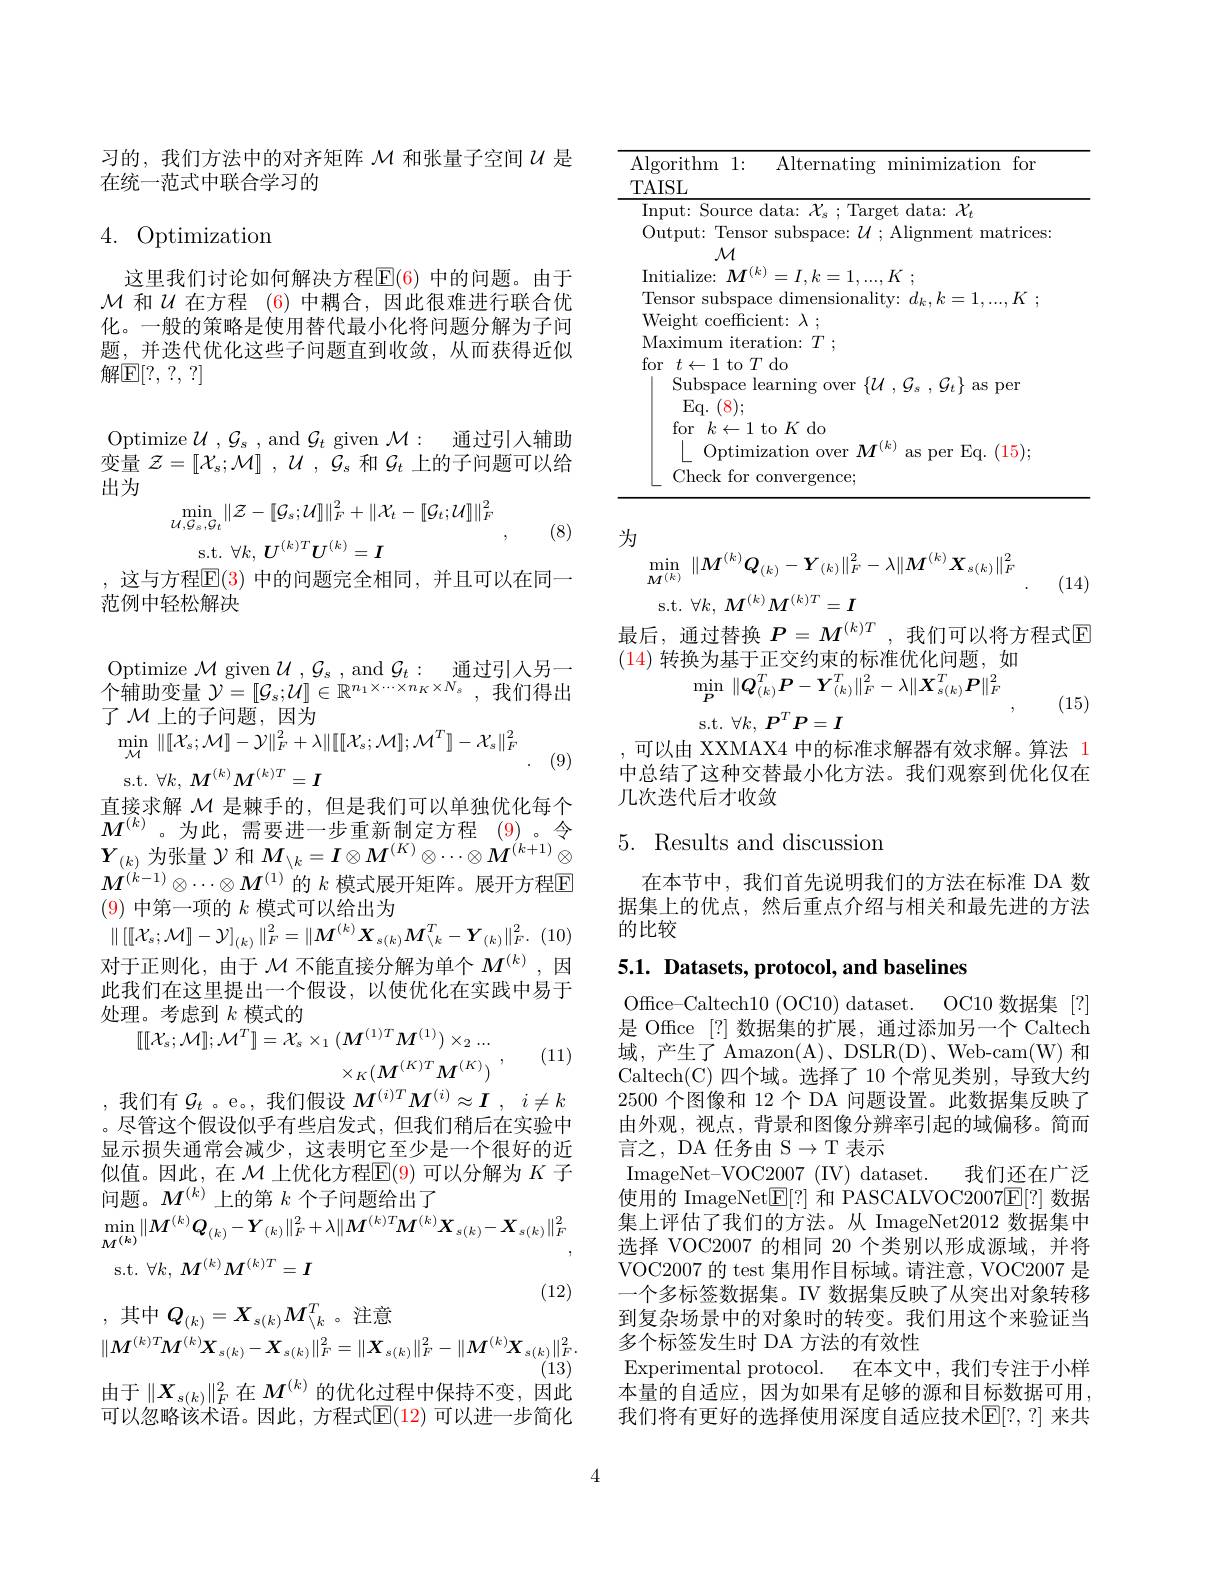
习的，我们方法中的对齐矩阵$\mathcal{M}$和张量子空间$\mathcal{U}$是
在统一范式中联合学习的

## 4. Optimization

这里我们讨论如何解决方程$\mathbb{E}(6)$ 中的问题。由于$\mathcal{M}$ 和$U$ 在方程 (6)中耦合，因此很难进行联合优化。一般的策略是使用替代最小化将问题分解为子间题，并迭代优化这些子问题直到收敛，从而获得近似解$\mathbb{E} [ ? $, ?, ?]

Optimize $\mathcal{U},\mathcal{G}_{s}$ , and $\mathcal{G}_{t}$ given $\mathcal{M} :$ 通过引人辅助变量$\mathcal{Z} = [ \mathcal{X} _s; \mathcal{M} ]$ $, \mathcal{U}$ $, \mathcal{G} _s$和$\mathcal{G}_t$上的子问题可以给出为
$$\begin{array}{c}\min_{\mathcal{U},\mathcal{G}_{s},\mathcal{G}_{t}}\|\mathcal{Z}-\left[\mathcal{G}_{s};\mathcal{U}\right]\|_{F}^{2}+\left\|\mathcal{X}_{t}-\left[\mathcal{G}_{t};\mathcal{U}\right]\right\|_{F}^{2}\\\mathrm{s.t.}\:\forall k,\:\boldsymbol{U}^{(k)T}\boldsymbol{U}^{(k)}=\boldsymbol{I}\end{array},$$
(8)

,这与方程$\overline{\mathrm{E}}(3)$ 中的问题完全相同，并且可以在同一
范例中轻松解决

Optimize $\mathcal{M}$ given $\mathcal{U},\mathcal{G}_s$, and $\mathcal{G} _t:$ 通过引入另一个辅助变量$\mathcal{Y} = [ \mathcal{G} _s; \mathcal{U} ] \in \mathbb{R} ^{n_1\times \cdots \times n_K\times N_s}$ ,我们得出了$\mathcal{M}$上的子问题，因为
$$\|[\mathcal{X}_{s};\mathcal{M}]-\mathcal{Y}\|_{F}^{2}+\lambda\|[[\mathcal{X}_{s};\mathcal{M}];\mathcal{M}^{T}]-\mathcal{X}_{s}\|_{F}^{2}\\\|[\mathcal{X}_{s};\mathcal{M}]-\mathcal{Y}\|_{F}^{2}+\lambda\|[[\mathcal{X}_{s};\mathcal{M}]];\mathcal{M}^{T}]-\mathcal{X}_{s}\|_{F}^{2}$$
. (9)

s.t. $\forall k$, $M^{( k) }M^{( k) T}= I$
直接求解$\mathcal{M}$是棘手的，但是我们可以单独优化每个$M^{(k)}$。为此，需要进一步重新制定方程(9)。令$Y_{(k)}$为张量$\mathcal{Y}$和$M_\backslash k=I\otimes M^{(K)}\otimes\cdots\otimes M^{(k+1)}\otimes$ $M^{(\acute{k}-1)}\otimes\cdots\otimes M^{(1)}$的 $k$ 模式展开矩阵。展开方程$\mathbb{E}$ (9)中第一项的$k$模式可以给出为
$\| \left [ [ \mathcal{X} _s; \mathcal{M} ] - \mathcal{Y} \right ] _{( k) }\| _F^2= \| \boldsymbol{M}^{( k) }\boldsymbol{X}_{s( k) }\boldsymbol{M}_{\setminus k}^T- \boldsymbol{Y}_{( k) }\| _F^2.$ (10) 对于正则化，由于$\mathcal{M}$不能直接分解为单个$M^{(k)}$ ,因

此我们在这里提出一个假设，以使优化在实践中易于

处理。考虑到$k$模式的
$$\begin{array}{c}{{[[[X_{s};\mathcal{M}]];\mathcal{M}^{T}]=\mathcal{X}_{s}\times_{1}(\boldsymbol{M}^{(1)T}\boldsymbol{M}^{(1)})\times_{2}\ldots}}\\{{\times_{K}(\boldsymbol{M}^{(K)T}\boldsymbol{M}^{(K)})}}\\{{\times_{K}(\boldsymbol{M}^{(K)T}\boldsymbol{M}^{(K)})}}\\\end{array},$$
(11)

。尽管这个假设似乎有些启发式，但我们稍后在实验中显示损失通常会减少，这表明它至少是一个很好的近似值。因此，在$\mathcal{M}$上优化方程$\mathsf{E}(9)$可以分解为$K$子问题。$M^{(k)}$上的第$k$个子问题给出了
$$\begin{aligned}&\min_{\boldsymbol{M}^{(k)}}\|\boldsymbol{M}^{(k)}\boldsymbol{Q}_{(k)}-\boldsymbol{Y}_{(k)}\|_{F}^{2}+\lambda\|\boldsymbol{M}^{(k)T}\boldsymbol{M}^{(k)}\boldsymbol{X}_{s(k)}-\boldsymbol{X}_{s(k)}\|_{F}^{2}\\&\mathrm{s.t.}\:\forall k,\:\boldsymbol{M}^{(k)}\boldsymbol{M}^{(k)T}=\boldsymbol{I}\\&&(12)\\&\min_{\boldsymbol{M}^{(k)}}\|\boldsymbol{M}^{(k)}\boldsymbol{Q}_{(k)}-\boldsymbol{Y}_{(k)}\|_{F}^{2}+\lambda\|\boldsymbol{\text{注意}}\\&\|\boldsymbol{M}^{(k)T}\boldsymbol{M}^{(k)}\boldsymbol{X}_{s(k)}-\boldsymbol{X}_{s(k)}\|_{F}^{2}=\|\boldsymbol{X}_{s(k)}\|_{F}^{2}-\|\boldsymbol{M}^{(k)}\boldsymbol{X}_{s(k)}\|_{F}^{2}.\\&&(13)\end{aligned}$$
<table>
	<tbody>
		<tr>
			<th>$\operatorname{Algorithm}$ 1: TAISL</th>
			<th>$Al;$ TA</th>
			<th>Alternating minimization for</th>
		</tr>
		<tr>
			<td>for $t\leftarrow1$ to $\operatorname{Subspace}$ Eq. $\langle8\rangle;$ for $k\leftarrow1$ Optim Check for</td>
			<td>fc</td>
			<td>$0~T~$do e learning over $\{ \mathcal{U} , \mathcal{G} _{s}$ $, \mathcal{G} _{t}\}$ as per -1 to $K$ do imization over $M^{( k) }$ 1 as per Eq. (15); or convergence;</td>
		</tr>
	</tbody>
</table>

为
$$\begin{aligned}&\text{J}\\&\operatorname*{min}_{\boldsymbol{M}^{(k)}}\:\|\boldsymbol{M}^{(k)}\boldsymbol{Q}_{(k)}-\boldsymbol{Y}_{(k)}\|_{F}^{2}-\lambda\|\boldsymbol{M}^{(k)}\boldsymbol{X}_{s(k)}\|_{F}^{2}\\&\mathrm{s.t.}\:\forall k,\:\boldsymbol{M}^{(k)}\boldsymbol{M}^{(k)T}=\boldsymbol{I}\end{aligned}$$
(14)

最后，通过替换 $P=M^{(k)T}$ ,我们可以将方程式$\mathbb{E}$

(14)转换为基于正交约束的标准优化问题，如
$\operatorname*{min}_{P}\|Q_{(k)}^{T}\boldsymbol{P}-\boldsymbol{Y}_{(k)}^{T}\|_{F}^{2}-\lambda\|\boldsymbol{X}_{s(k)}^{T}\boldsymbol{P}\|_{F}^{2}$

(15)

s.t. $\forall k$, $P^TP= I$

,可以由 XXMAX4 中的标准求解器有效求解。算法 1中总结了这种交替最小化方法。我们观察到优化仅在几次迭代后才收敛

# 5. Results and discussion

在本节中，我们首先说明我们的方法在标准 DA 数据集上的优点，然后重点介绍与相关和最先进的方法的比较

# 5.1. Datasets, protocol, and baselines

Office-Caltech10 (OC10) dataset. OC10 数据集 [?] 是 Office [?] 数据集的扩展，通过添加另一个 Caltech 域，产生了 Amazon(A)、DSLR(D)、Web-cam(W) 和Caltech(C)四个域。选择了10 个常见类别，导致大约2500个图像和 12 个 DA 问题设置。此数据集反映了由外观，视点，背景和图像分辨率引起的域偏移。简而言之，DA 任务由 S$\to$T 表示
ImageNet- VOC2007 ( IV) dataset. 我们还在广泛使用的 ImageNet$\boxed{\mathbb{E}}[?]$和 PASCALVOC2007$\boxed{\mathbb{E}}[?]$数据集上评估了我们的方法。从 ImageNet2012 数据集中选择 VOC2007 的相同 20 个类别以形成源域，并将VOC2007 的 test 集用作目标域。请注意，VOC2007 是一个多标签数据集。IV 数据集反映了从突出对象转移到复杂场景中的对象时的转变。我们用这个来验证当多个标签发生时 DA 方法的有效性
Experimental protocol. 在本文中，我们专注于小样本量的自适应，因为如果有足够的源和目标数据可用我们将有更好的选择使用深度自适应技术$\mathbb{E}[?,?]$ 来共

由于$\|X_{s(k)}\|_F^2$在$M^{(k)}$的优化过程中保持不变，因此可以忽略该术语。因此，方程式$\mathbb{E}(12)$ 可以进一步简化

4